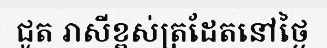
ជូត រាសីខ្ពស់ត្រដែតនៅថ្ងៃ